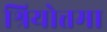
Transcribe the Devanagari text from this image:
श्रियोत्तमा